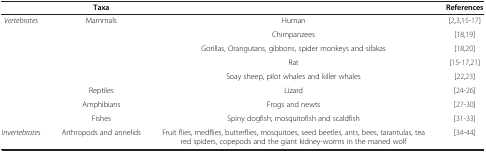
|  | Taxa |  | References |
 | --- | --- | --- | --- |
 | <ROWSPAN=8> Vertebrates | <ROWSPAN=5> Mammals | Human | [2,3,15-17] |
 | Chimpanzees | [18,19] |
 | Gorillas, Orangutans, gibbons, spider monkeys and sifakas | [18,20] |
 | Rat | [15-17,21] |
 | Soay sheep, pilot whales and killer whales | [22,23] |
 | Reptiles | Lizard | [24-26] |
 | Amphibians | Frogs and newts | [27-30] |
 | Fishes | Spiny dogfish; mosquitofish and scaldfish | [31-33] |
 | Invertebrates | Arthropods and annelids | Fruit flies, medflies, butterflies, mosquitoes, seed beetles, ants, bees, tarantulas, tea red spiders, copepods and the giant kidney-worms in the maned wolf | [34-44] |